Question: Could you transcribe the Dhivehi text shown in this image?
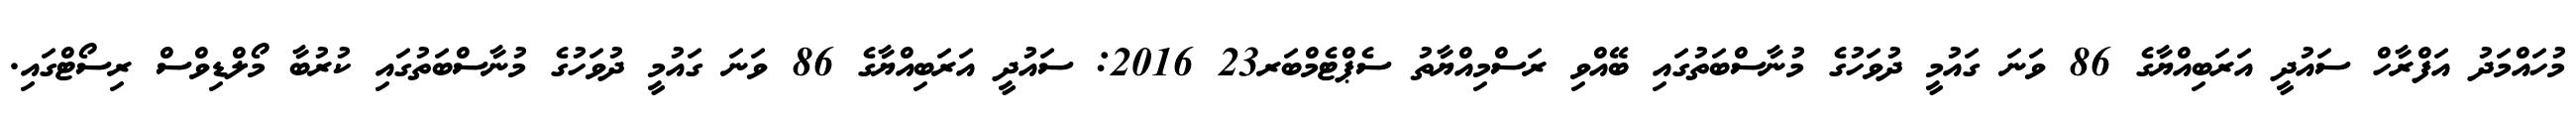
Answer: މުހައްމަދު އަފްރާހް ސައުދީ އަރަބިއްޔާގެ 86 ވަނަ ގައުމީ ދުވަހުގެ މުނާސްބަތުގައި ބޭއްވި ރަސްމިއްޔާތު ސެޕްޓެމްބަރ23 2016: ސައުދީ އަރަބިއްޔާގެ 86 ވަނަ ގައުމީ ދުވަހުގެ މުނާސްބަތުގައި ކުރުބާ މޯލްޑިވްސް ރިސޯޓްގައި.